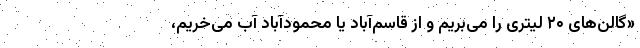
«گالن‌های ۲۰ لیتری را می‌بریم و از قاسم‌آباد یا محمودآباد آب می‌خریم،